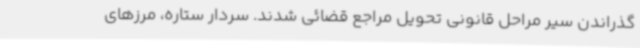
گذراندن سیر مراحل قانونی تحویل مراجع قضائی شدند. سردار ستاره، مرزهای